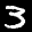
Label: 3